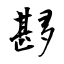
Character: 夦